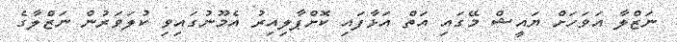
ނަޒްލާ އަވަހަށް ޔައީޝް މޭގައި އަތް އަޅާފައި ކޮށްޕާލިއިރު އެމޫނުގައިވި ކުލަވަރުން ނަޒްލާގެ